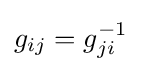
g_{ij}=g_{ji}^{-1}